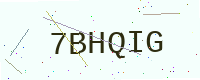
Text: 7BHQIG